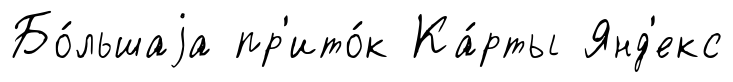
Бо́льшаjа пр'ито́к Ка́рты Янд'екс